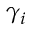
\gamma _ { i }